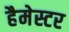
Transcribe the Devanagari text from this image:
हैमेस्टर